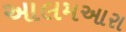
આલમઆરા